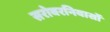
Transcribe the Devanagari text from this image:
सरोवरनिवासों